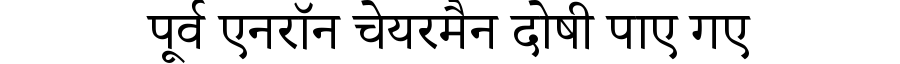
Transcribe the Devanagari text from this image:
पूर्व एनरॉन चेयरमैन दोषी पाए गए